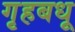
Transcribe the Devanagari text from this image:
गृहबधू